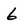
Character: 6